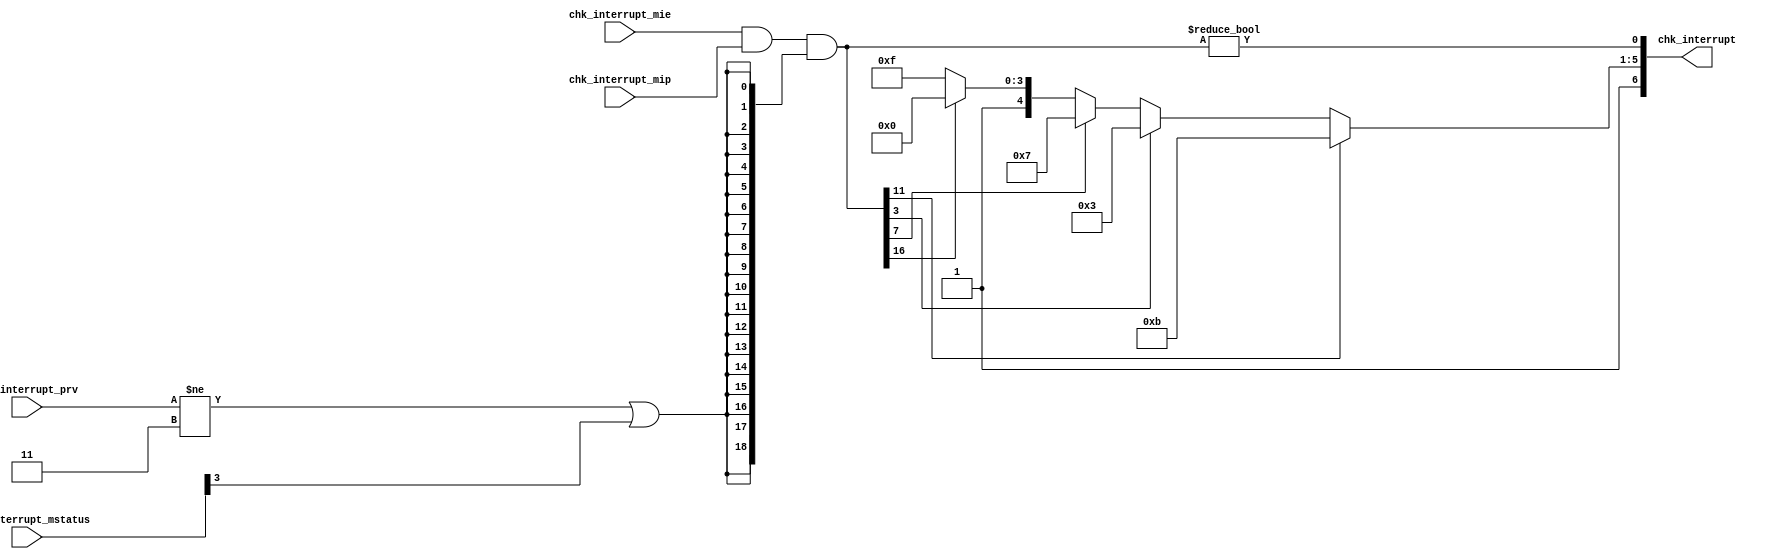
//
// Generated by Bluespec Compiler, version 2021.07-3-g8227dc97 (build 8227dc97)
//
// On Fri Sep  3 12:08:18 PDT 2021
//
//
// Ports:
// Name                         I/O  size props
// chk_interrupt                  O     7
// chk_interrupt_prv              I     2
// chk_interrupt_mstatus          I    32
// chk_interrupt_mip              I    19
// chk_interrupt_mie              I    19
//
// Combinational paths from inputs to outputs:
//   (chk_interrupt_prv,
//    chk_interrupt_mstatus,
//    chk_interrupt_mip,
//    chk_interrupt_mie) -> chk_interrupt
//
//

`ifdef BSV_ASSIGNMENT_DELAY
`else
  `define BSV_ASSIGNMENT_DELAY
`endif

`ifdef BSV_POSITIVE_RESET
  `define BSV_RESET_VALUE 1'b1
  `define BSV_RESET_EDGE posedge
`else
  `define BSV_RESET_VALUE 1'b0
  `define BSV_RESET_EDGE negedge
`endif

module module_chk_interrupt(chk_interrupt_prv,
			    chk_interrupt_mstatus,
			    chk_interrupt_mip,
			    chk_interrupt_mie,
			    chk_interrupt);
  // value method chk_interrupt
  input  [1 : 0] chk_interrupt_prv;
  input  [31 : 0] chk_interrupt_mstatus;
  input  [18 : 0] chk_interrupt_mip;
  input  [18 : 0] chk_interrupt_mie;
  output [6 : 0] chk_interrupt;

  // signals for module outputs
  wire [6 : 0] chk_interrupt;

  // remaining internal signals
  wire [18 : 0] pending_interrupts__h35, x__h96, y__h97;
  wire [5 : 0] x__h25;
  wire x__h102;

  // value method chk_interrupt
  assign chk_interrupt = { x__h25, pending_interrupts__h35 != 19'd0 } ;

  // remaining internal signals
  assign pending_interrupts__h35 = x__h96 & y__h97 ;
  assign x__h102 = chk_interrupt_prv != 2'd3 || chk_interrupt_mstatus[3] ;
  assign x__h25 =
	     { 1'b1,
	       pending_interrupts__h35[11] ?
		 5'd11 :
		 (pending_interrupts__h35[3] ?
		    5'd3 :
		    (pending_interrupts__h35[7] ?
		       5'd7 :
		       (pending_interrupts__h35[16] ? 5'd16 : 5'd31))) } ;
  assign x__h96 = chk_interrupt_mie & chk_interrupt_mip ;
  assign y__h97 = {19{x__h102}} ;
endmodule  // module_chk_interrupt